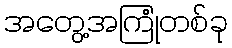
အတွေ့အကြုံတစ်ခု